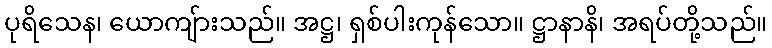
ပုရိသေန၊ ယောကျ်ားသည်။ အဋ္ဌ၊ ရှစ်ပါးကုန်သော။ ဋ္ဌာနာနိ၊ အရပ်တို့သည်။